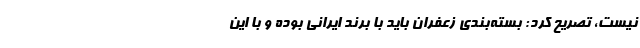
نیست، تصریح کرد: بسته‌بندی زعفران باید با برند ایرانی بوده و با این